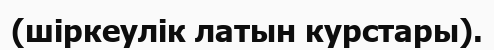
(шіркеулік латын курстары).